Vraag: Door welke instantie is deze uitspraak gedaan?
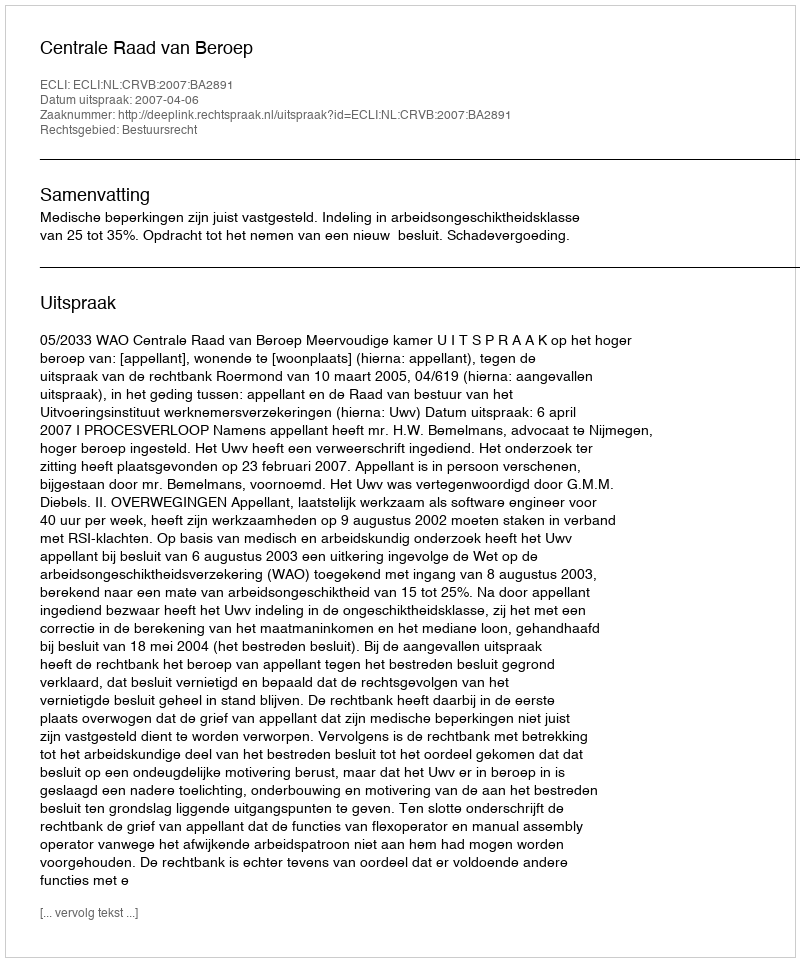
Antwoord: Centrale Raad van Beroep